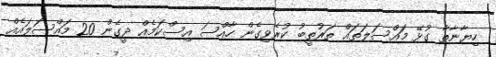
ހިޔާނާތާ ގުޅޭ މައްސަލަތައް ތަރުތީބު ކުރެވިގެން ހާއްސަ އިސްކަމެއް ދީގެން 20 މައްސަލައެއް